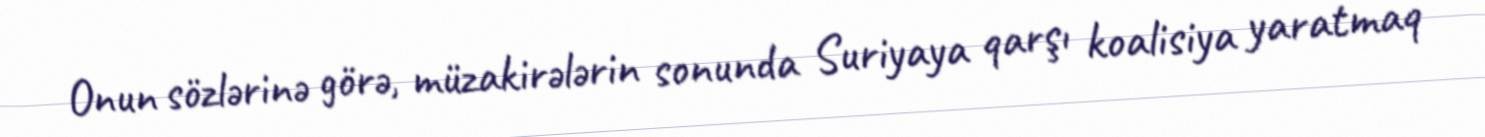
Onun sözlərinə görə, müzakirələrin sonunda Suriyaya qarşı koalisiya yaratmaq